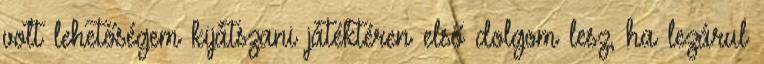
volt lehetőségem kijátszani játéktéren első dolgom lesz, ha lezárul